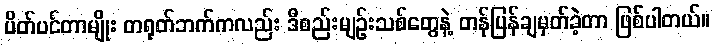
ပိတ်ပင်တာမျိုး တရုတ်ဘက်ကလည်း ဒီစည်းမျဉ်းသစ်တွေနဲ့ တန်ပြန်ချမှတ်ခဲ့တာ ဖြစ်ပါတယ်။